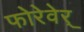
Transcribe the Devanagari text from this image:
फोरेवेर्